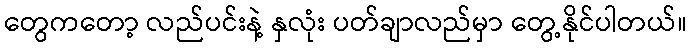
တွေကတော့ လည်ပင်းနဲ့ နှလုံး ပတ်ချာလည်မှာ တွေ့နိုင်ပါတယ်။